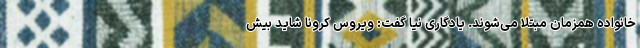
خانواده همزمان مبتلا می‌شوند. یادگاری نیا گفت: ویروس کرونا شاید بیش